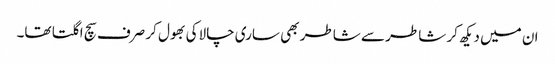
ان میں دیکھ کر شاطر سے شاطر بھی ساری چالاکی بھول کر صرف سچ اگلتا تھا۔